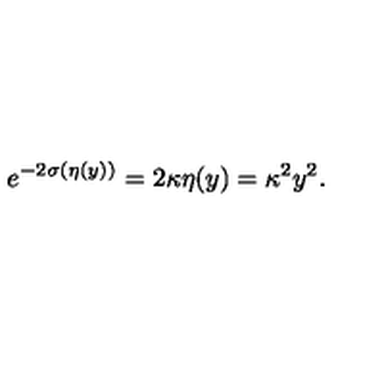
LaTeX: e ^ { - 2 \sigma ( \eta ( y ) ) } = 2 \kappa \eta ( y ) = \kappa ^ { 2 } y ^ { 2 } .